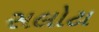
સલોટા